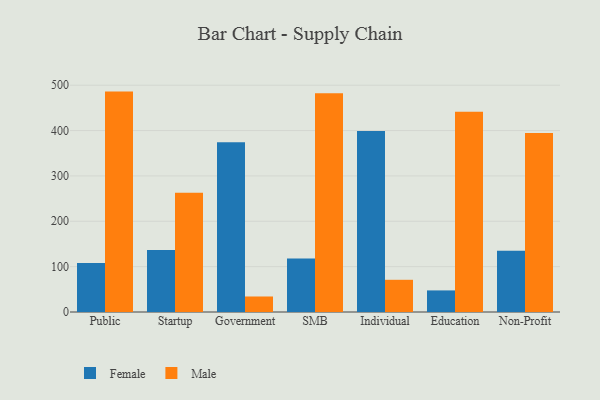
{"axis": {"x": "Segment", "y": "Shipments"}, "legend": ["Female", "Male"], "data": [{"x": "Public", "y": 108.2, "type": "Female"}, {"x": "Public", "y": 485.9, "type": "Male"}, {"x": "Startup", "y": 136.9, "type": "Female"}, {"x": "Startup", "y": 262.7, "type": "Male"}, {"x": "Government", "y": 374.2, "type": "Female"}, {"x": "Government", "y": 34.2, "type": "Male"}, {"x": "SMB", "y": 117.8, "type": "Female"}, {"x": "SMB", "y": 482.5, "type": "Male"}, {"x": "Individual", "y": 398.8, "type": "Female"}, {"x": "Individual", "y": 71.0, "type": "Male"}, {"x": "Education", "y": 47.6, "type": "Female"}, {"x": "Education", "y": 441.5, "type": "Male"}, {"x": "Non-Profit", "y": 135.2, "type": "Female"}, {"x": "Non-Profit", "y": 394.6, "type": "Male"}]}